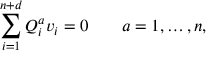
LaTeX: \sum _ { i = 1 } ^ { n + d } Q _ { i } ^ { a } v _ { i } = 0 \qquad a = 1 , \ldots , n ,